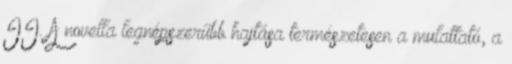
II. A novella legnépszerűbb hajtása természetesen a mulattató, a